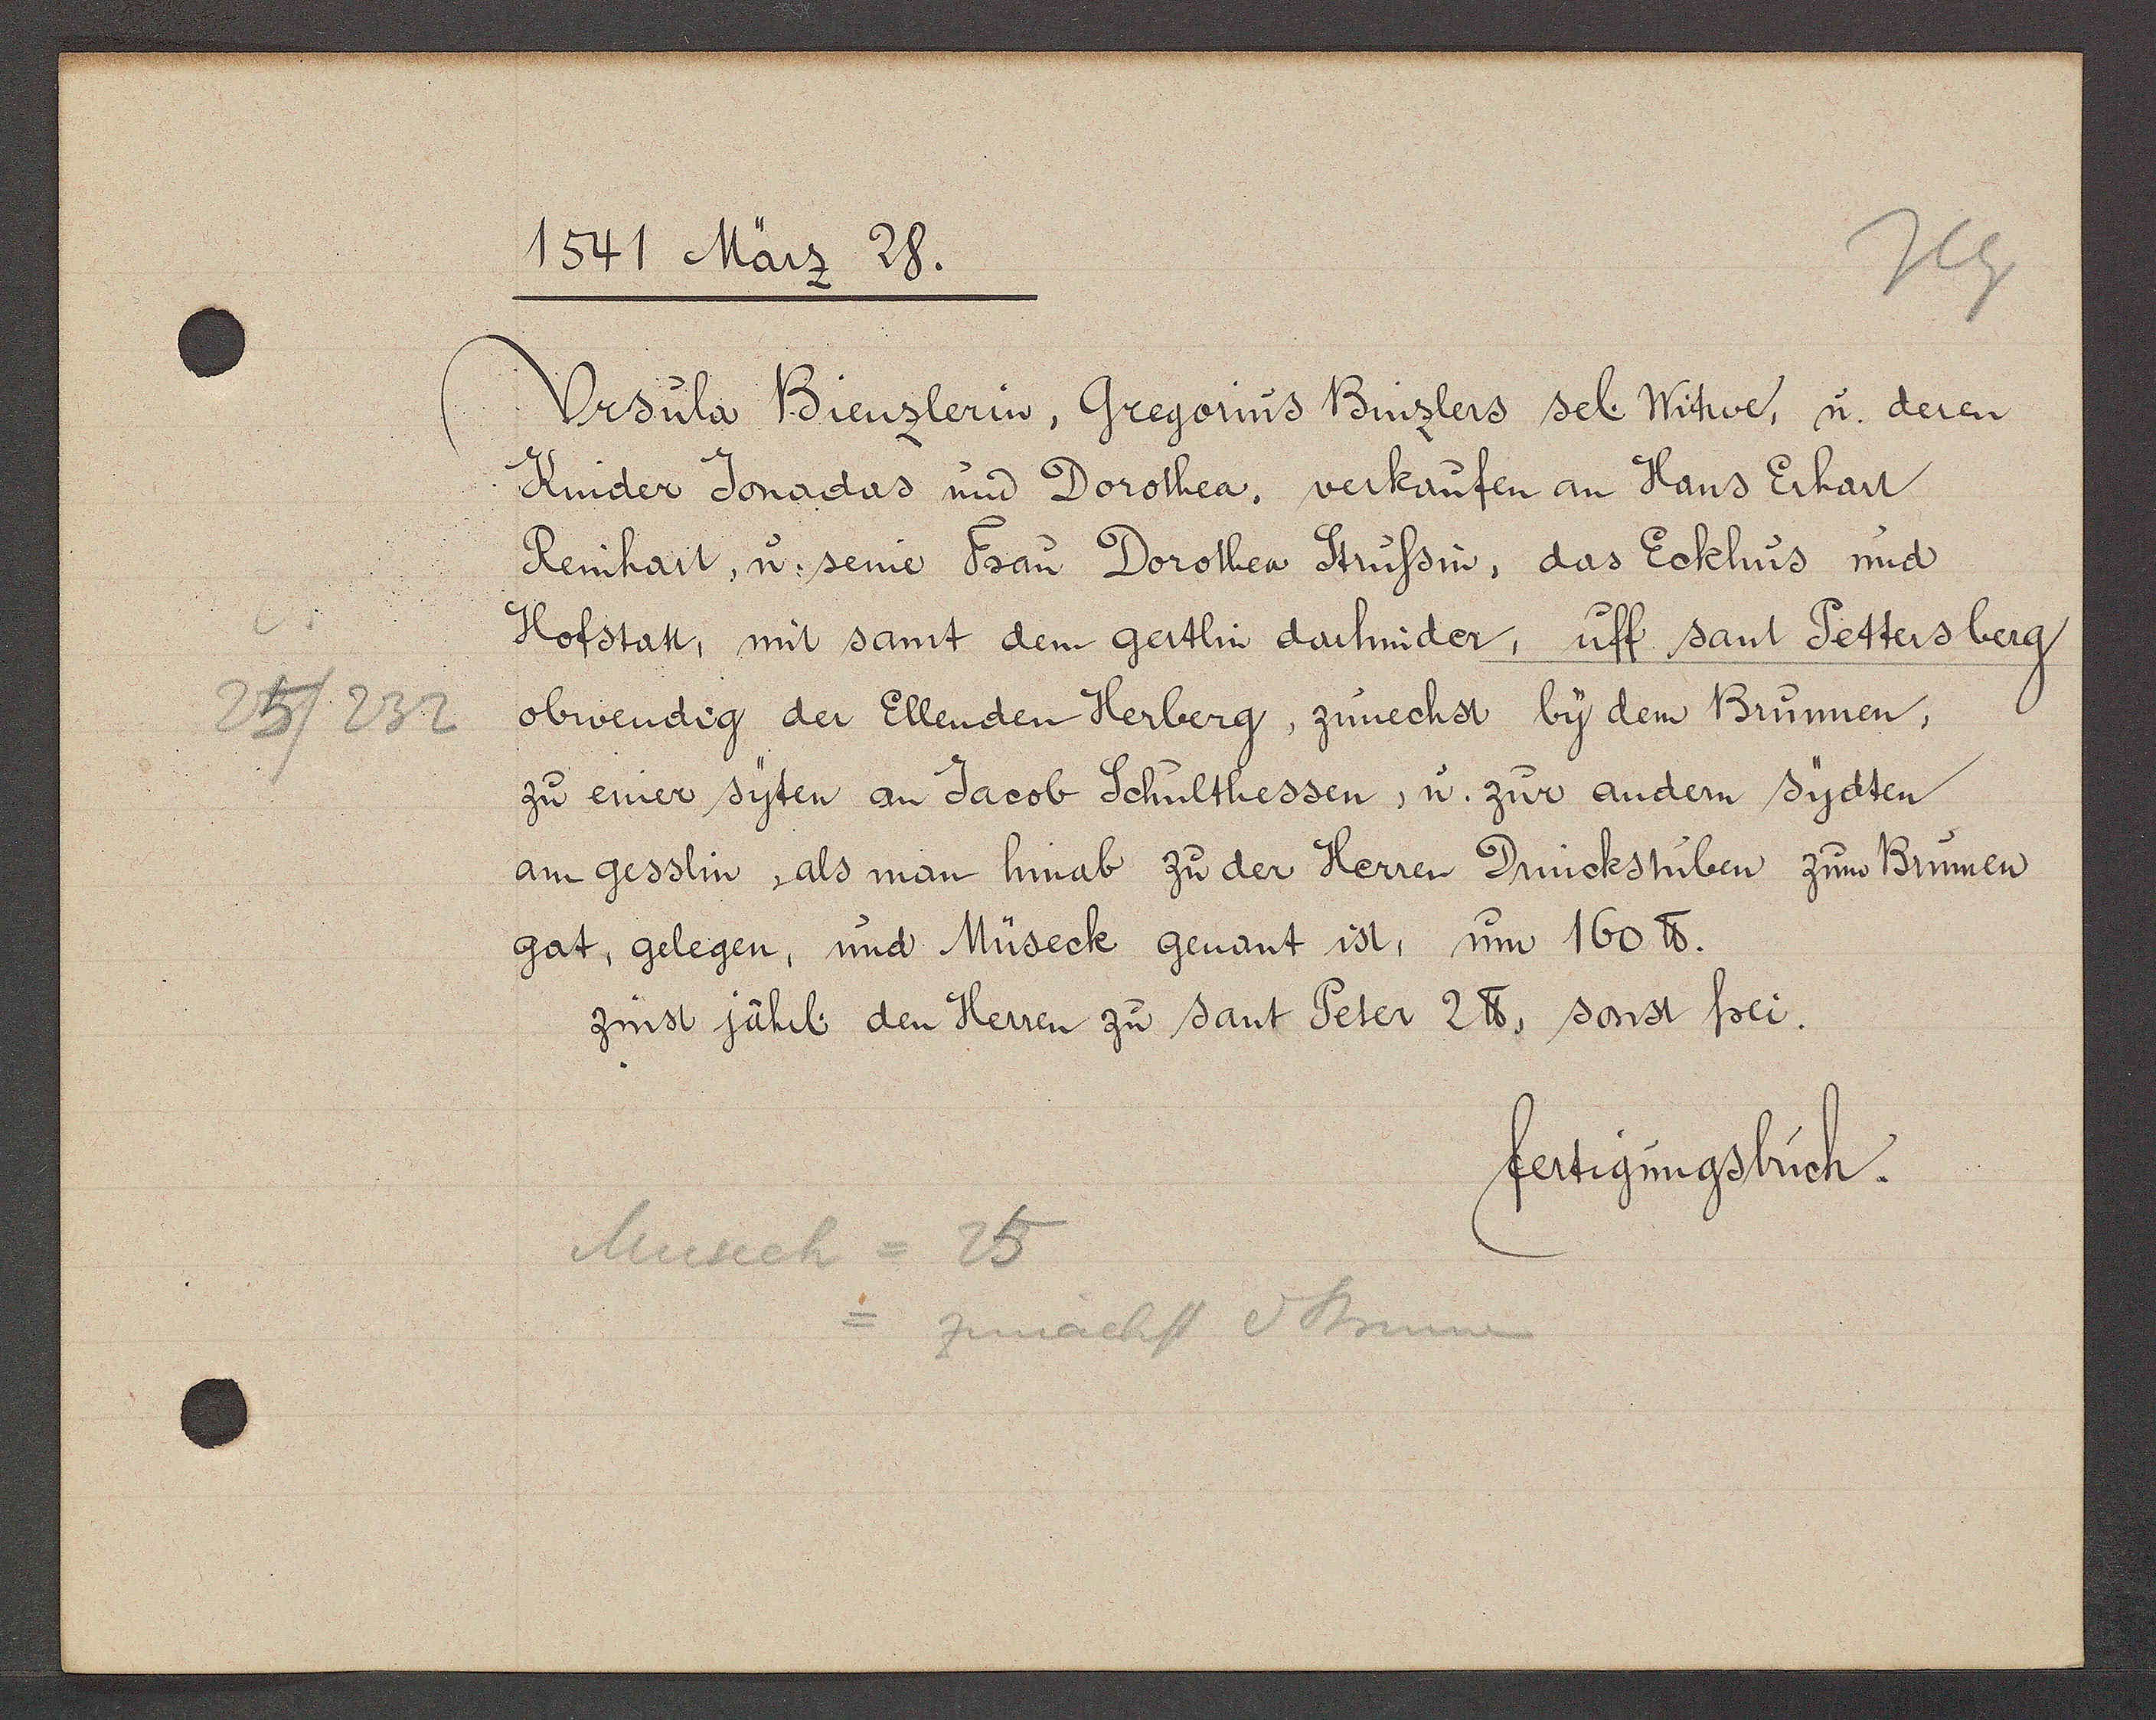
Transcript:
25/232

1541 März 28.

Desula Bienslerin, Gregorius Binslers sel. Witwe, u. deren
Kinder Jonadas und Dorothea, verkaufen an Hans Erhart
 Reinhart, u. seine Frau Dorothea Strussin, das Eckhus mid
Hofstatt, mit samt dem gertlin darhinder, uff sant Pettersberg
obwendig der Ellenden Herberg, zunechst by dem Brunnen,
zu einer syten an Jacob Schulthessen, u. zur andern sydten
am gesslin, als man hinab zu der Herren Drinckstuben zum Brunnen
gat, gelegen, und Müseck genant ist, um 160 ℔.
zinst jährl. den Herren zu sant Peter 2 ℔, sonst frei.

fertigungsbuch.

Museck = 25
= zunächst d Brunnen